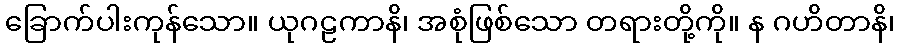
ခြောက်ပါးကုန်သော။ ယုဂဠကာနိ၊ အစုံဖြစ်သော တရားတို့ကို။ န ဂဟိတာနိ၊